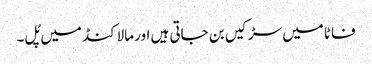
فاٹا میں سڑکیں بن جاتی ہیں اور مالاکنڈ میں پُل۔